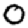
Digit: 0